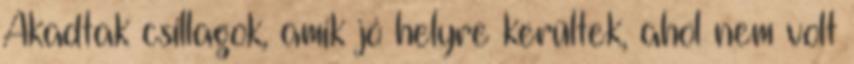
Akadtak csillagok, amik jó helyre kerültek, ahol nem volt